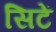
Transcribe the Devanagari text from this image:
सिटें